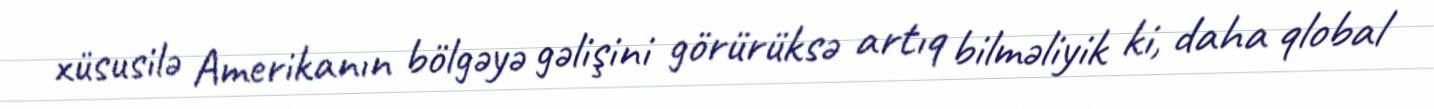
xüsusilə Amerikanın bölgəyə gəlişini görürüksə artıq bilməliyik ki, daha qlobal